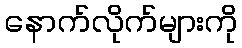
နောက်လိုက်များကို